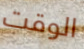
الوقت